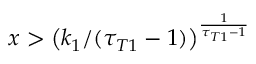
x > \left( k _ { 1 } / ( \tau _ { T 1 } - 1 ) \right) ^ { \frac { 1 } { \tau _ { T 1 } - 1 } }